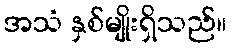
အသံ နှစ်မျိုးရှိသည်။